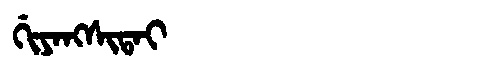
Manchu: ᡤᡳᠶᠠᠩᠰᡳᡨᠠᡳ
Romanization: GIYANGSITAI